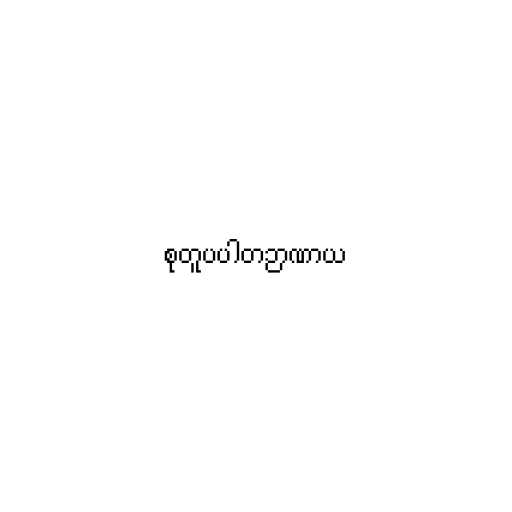
စုတူပပါတဉာဏာယ